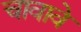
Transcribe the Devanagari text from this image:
चावावे